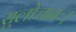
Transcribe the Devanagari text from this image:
सुलोचनः।